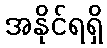
အနိုင်ရရှိ